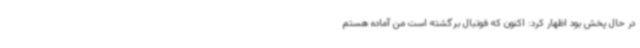
در حال پخش بود اظهار کرد: اکنون که فوتبال برگشته است من آماده هستم